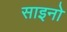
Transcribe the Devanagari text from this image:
साइनो